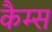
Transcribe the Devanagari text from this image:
कैम्स